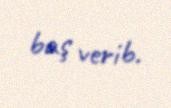
baş verib.